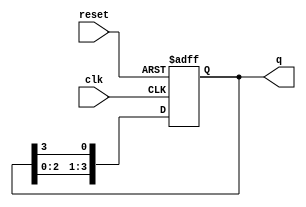
module ring_counter (
    input wire clk,        // Clock signal
    input wire reset,      // Asynchronous reset signal
    output reg [N-1:0] q   // Output of the ring counter (N bits)
);
    parameter N = 4;       // Number of flip-flops (adjust as necessary)

    always @(posedge clk or posedge reset) begin
        if (reset) begin
            q <= 1'b1;     // Initialize the counter (set first flip-flop to 1)
        end else begin
            // Shift the ring counter
            q <= {q[N-2:0], q[N-1]}; // Shift left and wrap around
        end
    end
endmodule